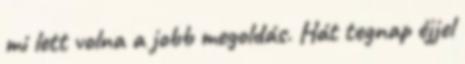
mi lett volna a jobb megoldás. Hát tegnap éjjel